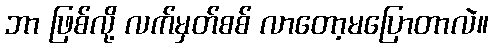
ဘာ ဖြစ်လို့ လက်မှတ်စစ် လာတော့မပြောတာလဲ။